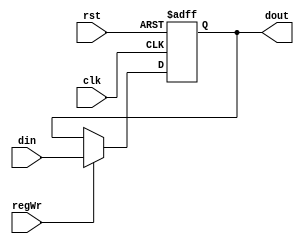
module regtemp(clk, rst, regWr, din, dout);
  input clk;
  input rst;
  input regWr;
  input[31:0] din;
  output[31:0] dout;
  reg[31:0] dout;
  
  always@(posedge clk or posedge rst)
  begin
    if(rst)
      dout <= 32'd0;
    else if(regWr)
      dout <= din;
  end
endmodule